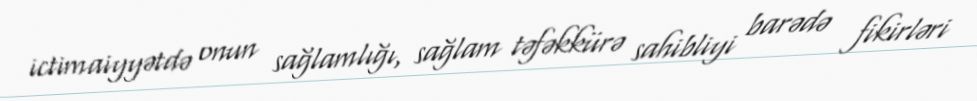
ictimaiyyətdə onun sağlamlığı, sağlam təfəkkürə sahibliyi barədə fikirləri